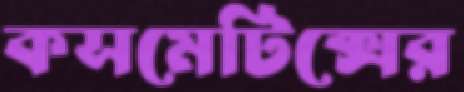
কসমেটিক্সের